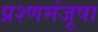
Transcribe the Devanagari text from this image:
प्रश्णमंजूषा